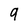
Character: 9